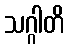
သဂ္ဂါတိ